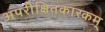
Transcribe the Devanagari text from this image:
अपरीक्षितकारकम्